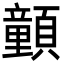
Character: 𩕉